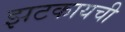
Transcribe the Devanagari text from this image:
झटकायची